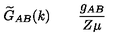
\widetilde { G } _ { A B } ( k ) \quad \raisebox { - 0 . 2 c m } { = \atop { \scriptscriptstyle \mu \sim 0 } } \quad \frac { g _ { A B } } { Z \mu }